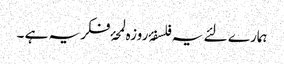
ہمارے لئے یہ فلسفۂ روزہ لمحۂ فکریہ ہے ۔